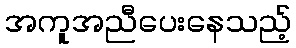
အကူအညီပေးနေသည့်